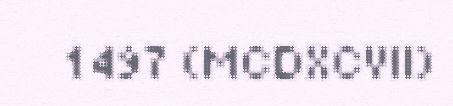
1497 (MCDXCVII)